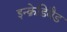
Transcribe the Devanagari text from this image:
इन्क्रेडिबैड